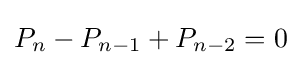
P_{n}-P_{n-1}+P_{n-2}=0